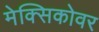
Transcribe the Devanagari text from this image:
मेक्सिकोवर